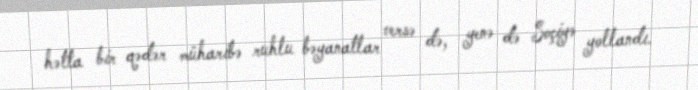
hətta bir qədər müharibə ruhlu bəyanatlar versə də, yenə də Soçiyə yollandı.